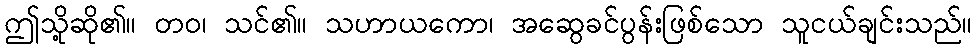
ဤသို့ဆို၏။ တဝ၊ သင်၏။ သဟာယကော၊ အဆွေခင်ပွန်းဖြစ်သော သူငယ်ချင်းသည်။